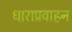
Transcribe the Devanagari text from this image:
धाराप्रवाहन